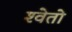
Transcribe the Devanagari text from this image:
श्‍वेतो